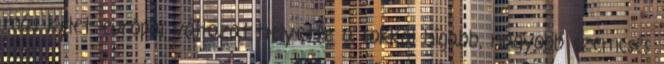
más Kelet-európai változat helyette a sokkal hígabb, nagyobb szemcsés